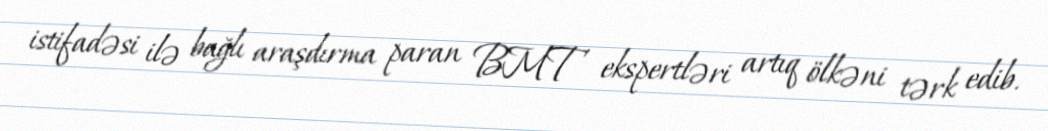
istifadəsi ilə bağlı araşdırma paran BMT ekspertləri artıq ölkəni tərk edib.